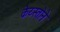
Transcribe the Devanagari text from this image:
केय्स्तोने